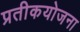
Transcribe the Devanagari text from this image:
प्रतीकयोजना